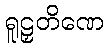
ရူဠှတိဏေ